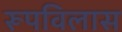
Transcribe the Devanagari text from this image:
रूपविलास